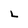
Character: L